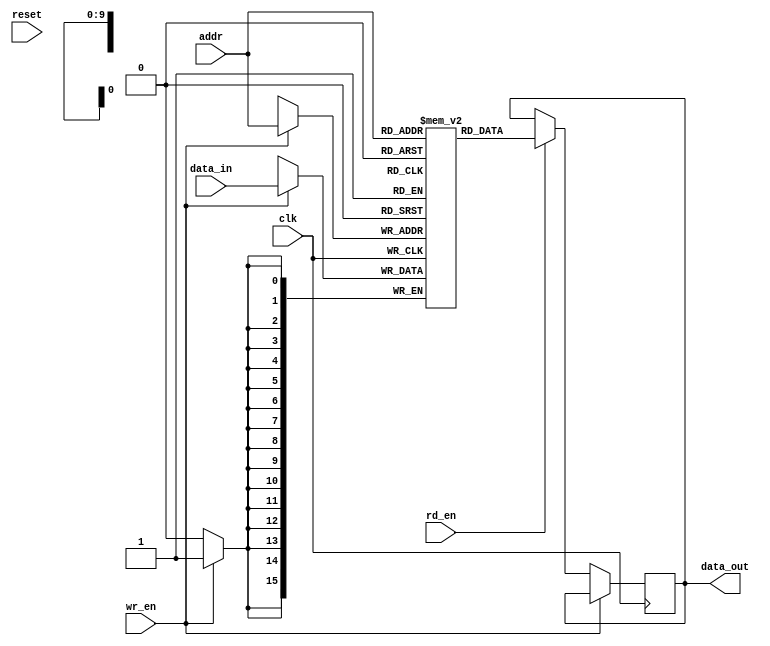
//Dual port memory, one port for writes and another for reads
//Writes require write address and an write enable while read only needs read address

//1k*16bits memory (1024 16-bit words)
//Address size = lg(1024) = 10

module dp_mem(clk, reset, rd_en, wr_en, addr, data_in, data_out);

    input clk;
    input reset;

    input [9:0] addr;
    input wr_en;
    input rd_en;
    input [15:0] data_in;
    output [15:0] data_out;

    reg [15:0] memory[0:1023];
    reg [15:0] data_out;

    //The memory is to be implemented in RAM blocks but depends on synthesis software that converts verilog code into components
    always @ (posedge clk)
        begin
            if (wr_en)
                memory[addr] <= data_in;
            else if (rd_en)
                data_out <= memory[addr];
        end
    //The ordering of execution is maintained within begin - end block
    //While for multiple begin-end's the execution is indeterministic due to concurrency 
endmodule

//FPGA RAM blocks support multiple data ports and is the way to go
//Nevertheless single data port:

module single_port(clk, reset, rd_en, wr_en, addr, data_io);

    input clk;
    input reset;

    input [9:0] addr;
    input wr_en;
    input rd_en;
    inout [15:0] data_io;   //New declaration

    reg [15:0] memory[0:1023];
    reg [15:0] data_out;    //intermediate reg;

    always @ (posedge clk)
        begin
            if (wr_en)
                memory[addr] <= data_io;
            else if (rd_en)
                begin
                    data_out <= memory[addr];
                end
        end

    //Note this is not the part of the always block
    assign data_io = data_out;

endmodule